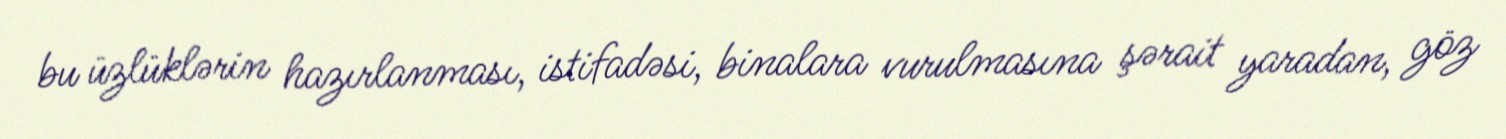
bu üzlüklərin hazırlanması, istifadəsi, binalara vurulmasına şərait yaradan, göz